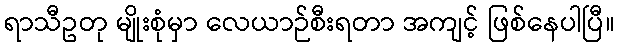
ရာသီဥတု မျိုးစုံမှာ လေယာဉ်စီးရတာ အကျင့် ဖြစ်နေပါပြီ။